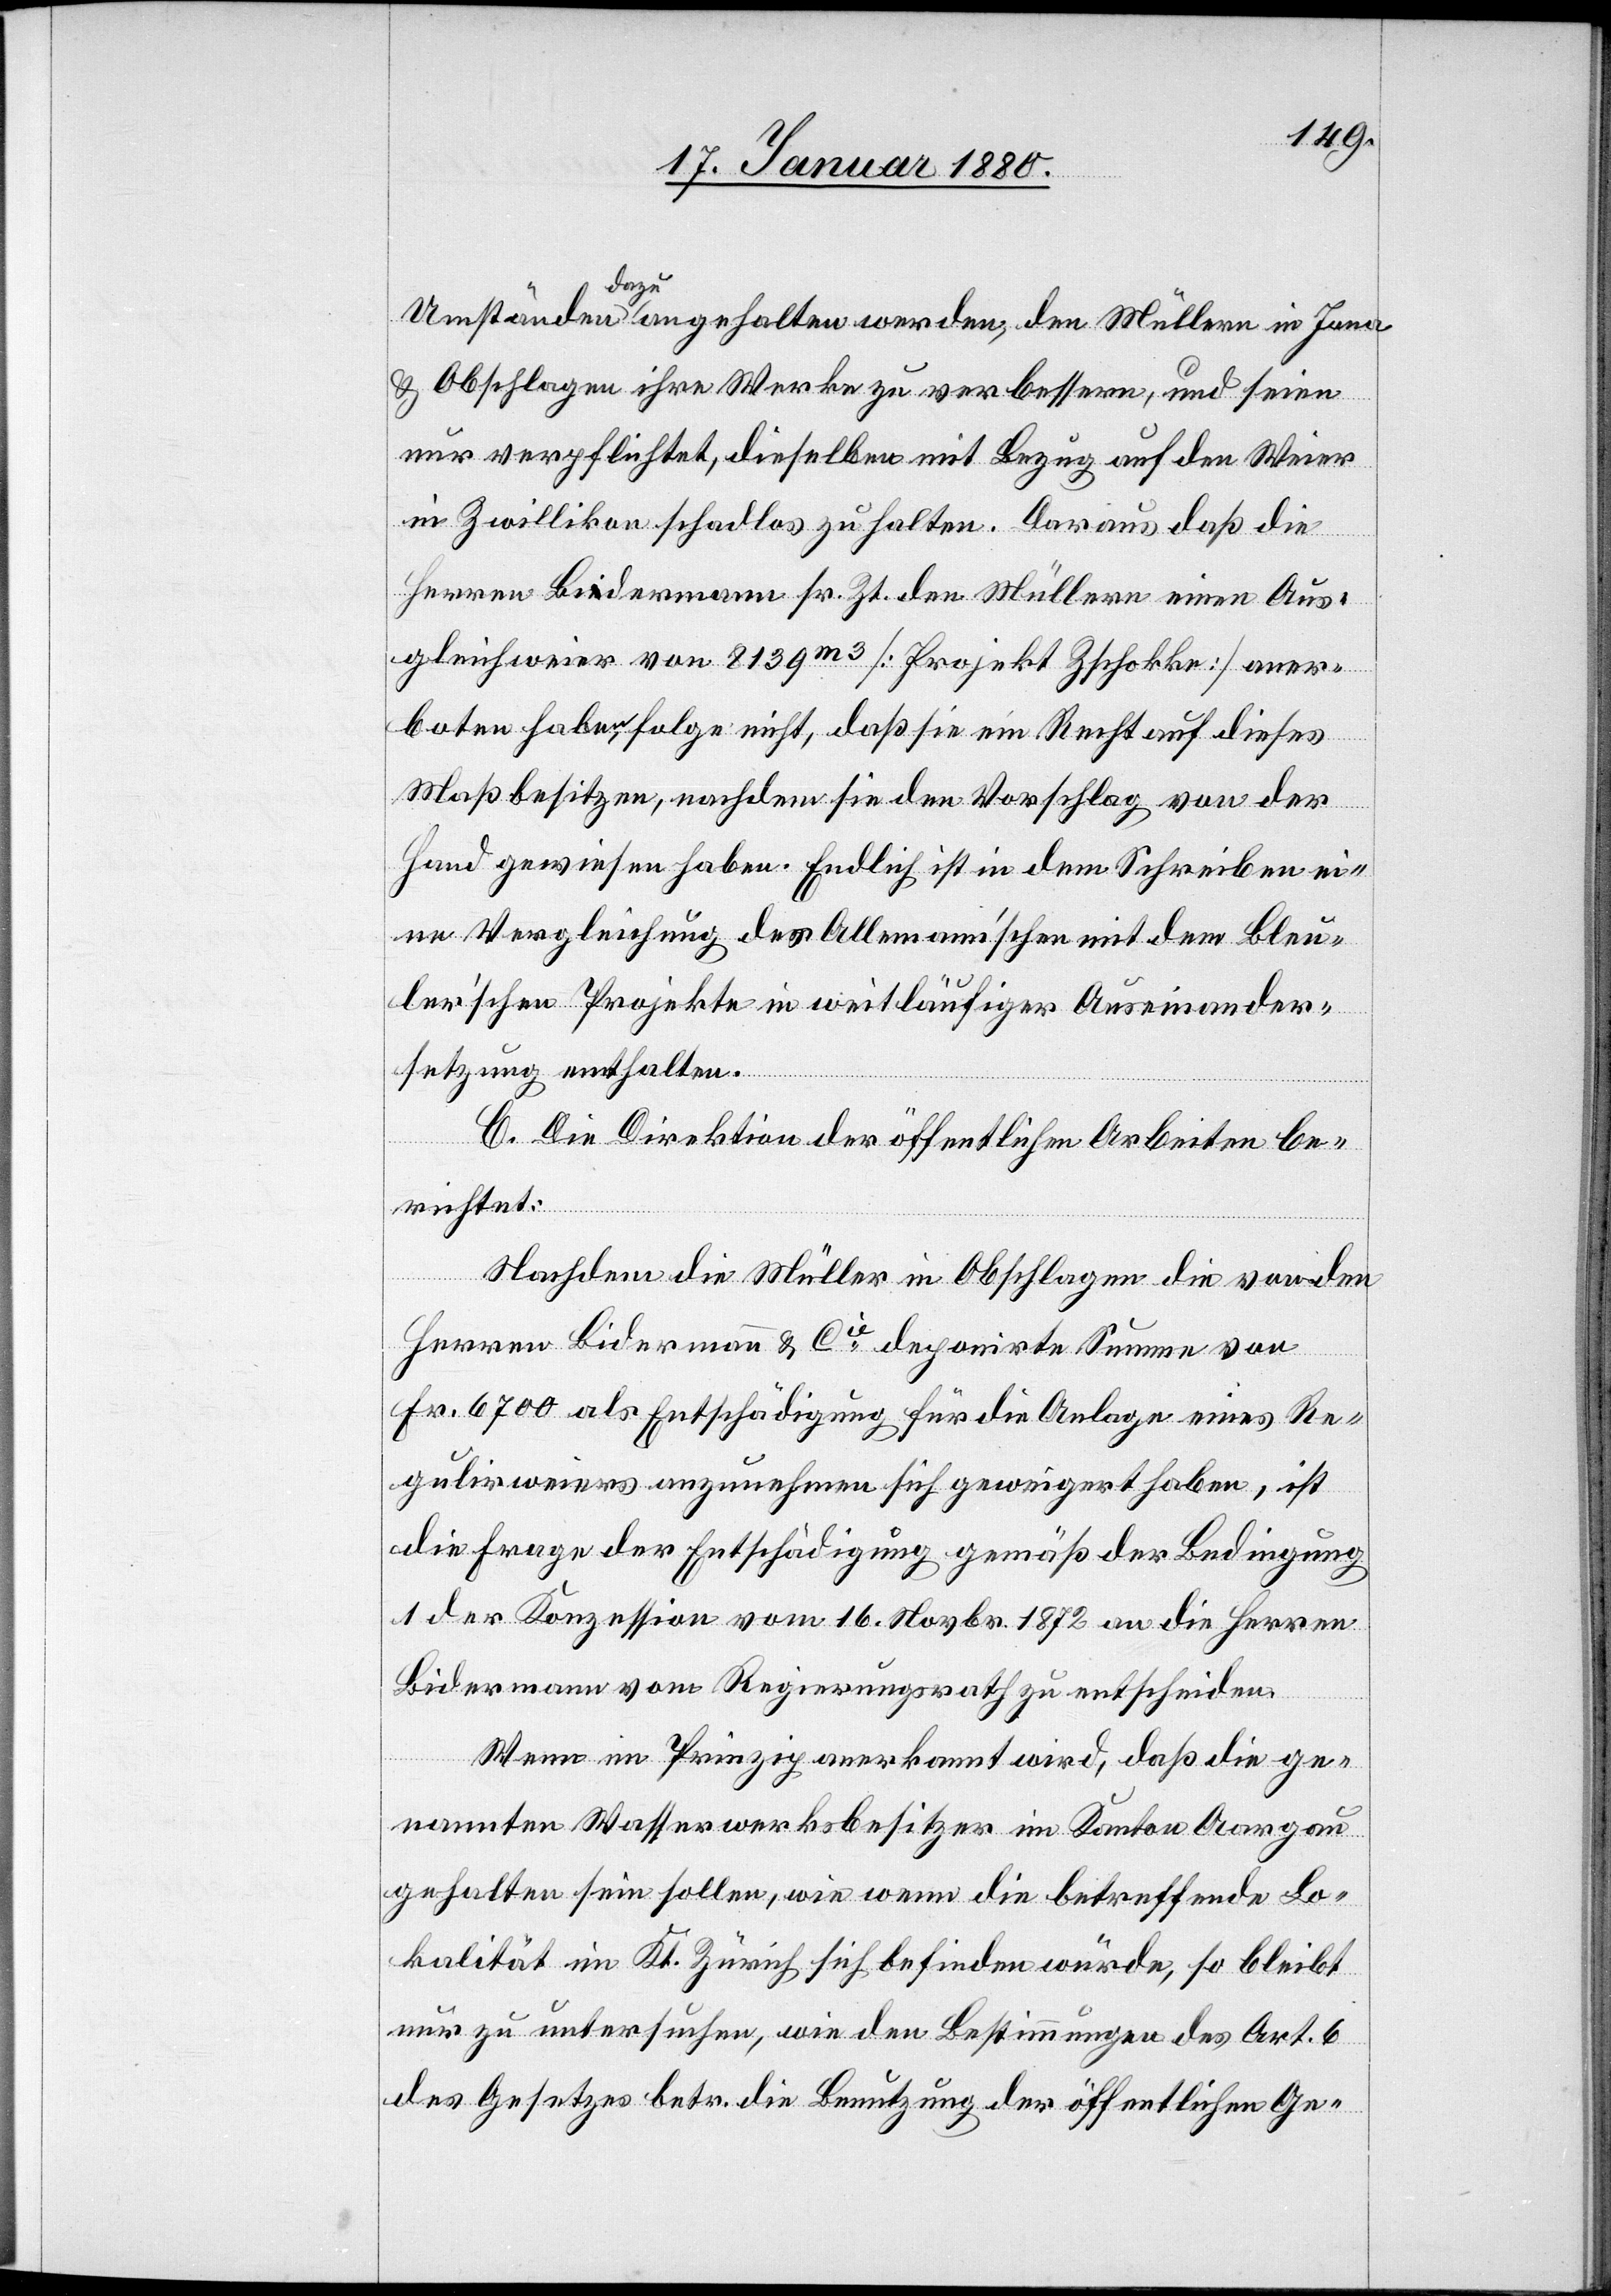
Umständen a-dazu-a angehalten werden, den Müllern in Jona
& Obschlagen ihre Werke zu veressern, und seien
nur verpflichtet, dieselben mit Bezug auf den Weier
in Zwillikon schadlos zu halten. Deraus daß die
Herren Bia-e-adermann sr. Zt. den Müllern einen Aus¬
gleichweier von 8139m3 [Projekt Zschokke] aner¬
boten haben, folge nicht, daß sie ein Recht auf dieses
Maß besitzen, nachdem sie den Vorschlag von der
Hand gewiesen haben. Endlich ist in dem Schreiben ei¬
ne Vergleichung des Allemann’schen mit dem Bleu¬
ler’schen Projekte in weitläufiger Auseinander¬
setzung enthalten.
C. Die Direktion der öffentlichen Arbeiten be¬
richtet:
Nachdem die Müller in Obschlagen die von den
Herren Bidermann & Cie deponirte Summe von
Fr. 6700 als Entschädigung für die Anlage eines Re¬
gulirweiers anzunehmen sich geweigert haben, ist
die Frage der Entschädigung gemäß der Bedingung
1 der Konzession vom 16. Novbr. 1872 an die Herren
Bidermann vom Regierungsrath zu entscheiden.
Wenn im Prinzip anerkannt wird, daß die ge¬
nannten Wasserwerksbesitzer im Kanton Aargau
gehalten sein sollen, wie wenn die betreffende Lo¬
kalität im Kt. Zürich sich befinden würde, so bleibt
nur zu untersuchen, wie den Bestimmungen des Art. 6
des Gesetzes betr. die Benutzung der öffentlichen Ge-